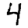
Digit: 4